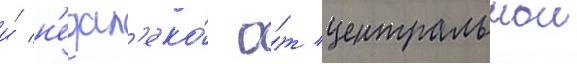
и́ н'едал'еко́ о́т центральнои